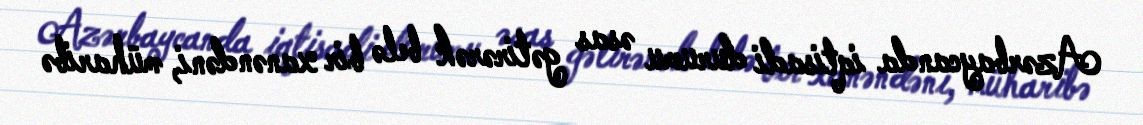
Azərbaycanda iqtisadi durumu əsas gətirərək belə bir xanəndəni, müharibə